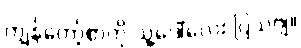
ကျွန်တော့်စာကို သူ့ဒေါ်လေး ပြသဗျ။